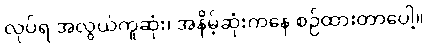
လုပ်ရ အလွယ်ကူဆုံး၊ အနိမ့်ဆုံးကနေ စဉ်ထားတာပေါ့။